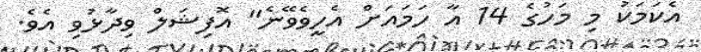
އެކަމަކު މި މަހުގެ 14 އާ ހަމައަށް އެހީވެވޭނެ" އޮފިޝަލް ވިދާޅުވި އެވެ.